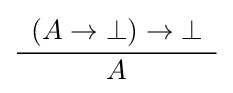
{\frac {\begin{array}{c}(A\to \bot )\to \bot \\\end{array}}{A}}